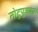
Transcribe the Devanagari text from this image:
तोटुपुज़यार